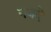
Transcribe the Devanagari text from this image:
नबवे